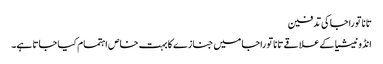
تانا توراجا کی تدفین
انڈونیشیا کے علاقے تانا توراجا میں جنازے کا بہت خاص اہتمام کیا جاتا ہے۔